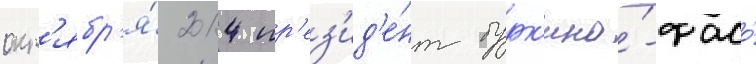
окт'ябр'я́ 2014 пр'ез'ид'е́нт бурк'ина́-фасо́